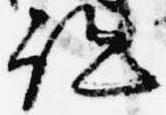
跡